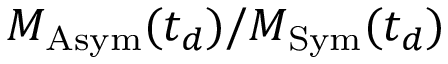
M _ { \mathrm { A s y m } } ( t _ { d } ) / M _ { \mathrm { S y m } } ( t _ { d } )